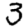
Digit: 3